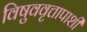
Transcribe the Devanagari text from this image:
विषुववृत्तापाशी